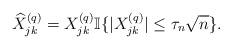
LaTeX: \begin{align*} \widehat{X}_{jk}^{(q)}=X_{jk}^{(q)}\mathbb I\{|X_{jk}^{(q)}|\le\tau_n\sqrt n\}.\end{align*}